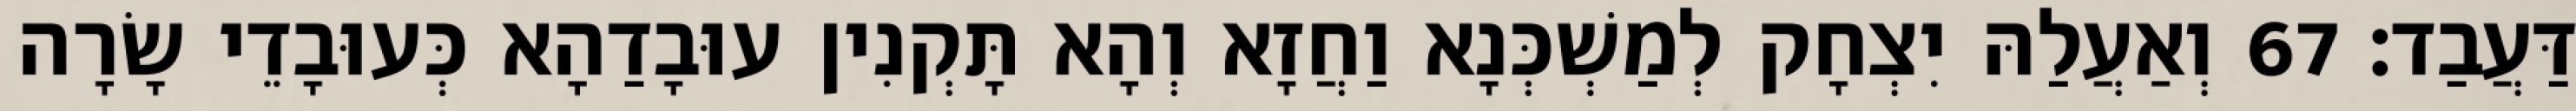
דַּעֲבַד׃ 67 וְאַעֲלַהּ יִצְחָק לְמַשְׁכְּנָא וַחֲזָא וְהָא תָּקְנִין עוּבָדַהָא כְּעוּבָדֵי שָׂרָה